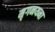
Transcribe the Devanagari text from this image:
मृगनयना